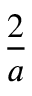
\frac { 2 } { a }